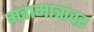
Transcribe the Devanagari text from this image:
महामात्रांवर